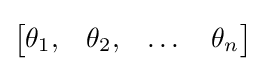
{\begin{bmatrix}\theta _{1},&\theta _{2},&\dots &\theta _{n}\end{bmatrix}}